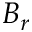
B _ { r }